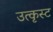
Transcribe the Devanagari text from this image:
उत्कृस्ट